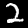
Digit: 2